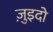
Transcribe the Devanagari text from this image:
ज़ुइदो